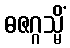
ဓဇဂ္ဂသ္မိံ